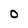
Character: O